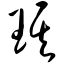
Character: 琪